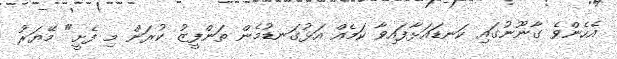
އެހެންވެ ގާނޫނުގައި ކަނޑައަޅާފައިވާ ކަމެއް އަޅުގަނޑުމެން ތަންފީޒު ކުރަން މި ފެށީ" މޭޔަރު